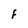
Character: F